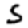
Digit: 5